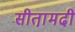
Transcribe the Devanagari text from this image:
सीता़मढी़